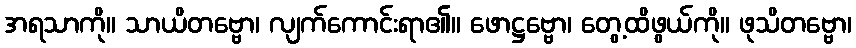
အရသာကို။ သာယိတဗ္ဗော၊ လျက်ကောင်းရာ၏။ ဖောဋ္ဌဗ္ဗော၊ တွေ့ထိဖွယ်ကို။ ဖုသိတဗ္ဗော၊